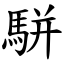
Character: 駢